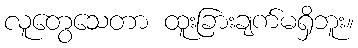
လူတွေသေတာ ထူးခြားချက်မရှိဘူး။